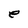
Character: e